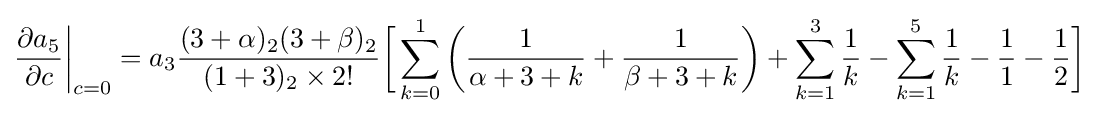
{\frac {\partial a_{5}}{\partial c}}{\bigg \vert }_{c=0}=a_{3}{\frac {(3+\alpha )_{2}(3+\beta )_{2}}{(1+3)_{2}\times 2!}}{\bigg [}\sum _{k=0}^{1}\left({\frac {1}{\alpha +3+k}}+{\frac {1}{\beta +3+k}}\right)+\sum _{k=1}^{3}{\frac {1}{k}}-\sum _{k=1}^{5}{\frac {1}{k}}-{\frac {1}{1}}-{\frac {1}{2}}{\bigg ]}